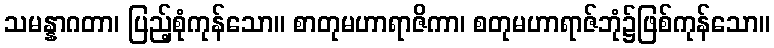
သမန္နာဂတာ၊ ပြည့်စုံကုန်သော။ စာတုမဟာရာဇိကာ၊ စတုမဟာရာဇ်ဘုံ၌ဖြစ်ကုန်သော။